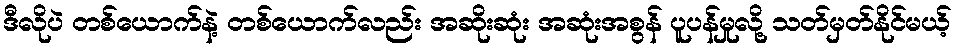
ဒီလိုပဲ တစ်ယောက်နဲ့ တစ်ယောက်လည်း အဆိုးဆုံး အဆုံးအစွန် ပူပန်မှုလို့ သတ်မှတ်နိုင်မယ့်